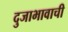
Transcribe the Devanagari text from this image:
दुजाभावाची